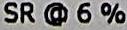
SR @ 6 %